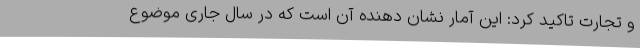
و تجارت تاکید کرد: این آمار نشان دهنده آن است که در سال جاری موضوع